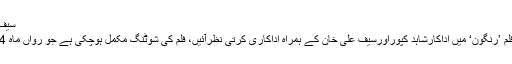
سیف اورشاہد دونوں ہی بہترین اورناقابل یقین اداکارہیں،
ممبئی: بالی ووڈ اداکارہ کنگنا رناوت نئی آنے والی فلم ’رنگون‘ میں اداکارشاہد کپوراورسیف علی خان کے ہمراہ اداکاری کرتی نظرآئیں، فلم کی شوٹنگ مکمل ہوچکی ہے جو رواں ماہ 24 فروری کو سینما گھروں کی زینت بھی بنے گی۔